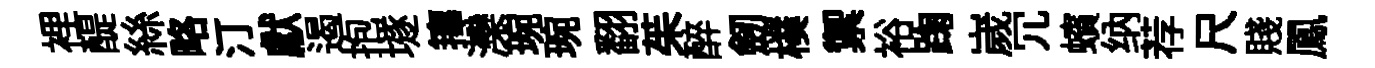
裡醍絲略汀獻遏抱𡑞籜灤琬琬翻茱醉劒樸禦裕踘嵗冗蠙纳荐尺賤鳳